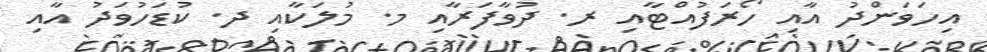
އިހަވަންދު އާއި ހޯރަފުއްޓާއި ރ. ދުވާފަރާއި މ. މުލަކާއި ދ. ކުޑަހުވަދު އާއި